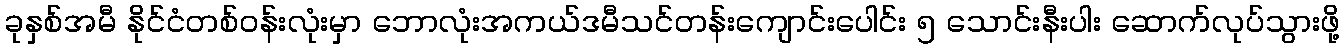
ခုနှစ်အမီ နိုင်ငံတစ်ဝန်းလုံးမှာ ဘောလုံးအကယ်ဒမီသင်တန်းကျောင်းပေါင်း ၅ သောင်းနီးပါး ဆောက်လုပ်သွားဖို့